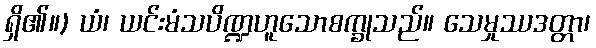
ရှိ၏။) ယံ၊ ယင်းမံသပိဏ္ဍဟူသောစက္ခုသည်။ သေမှုဿဒတ္တာ၊